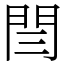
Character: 閆